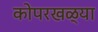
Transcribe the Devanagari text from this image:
कोपरखळ्या